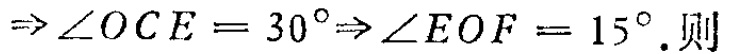
$\Rightarrow \angle OCE = 30^{\circ}\Rightarrow \angle EOF = 15^{\circ}.$